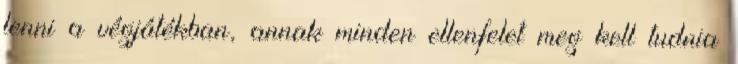
lenni a végjátékban, annak minden ellenfelet meg kell tudnia